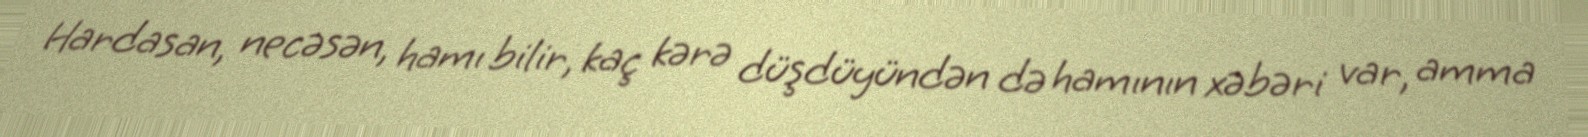
Hardasan, necəsən, hamı bilir, kaç kərə düşdüyündən də hamının xəbəri var, amma